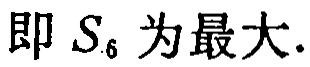
即 \(S_{6}\) 为最大.